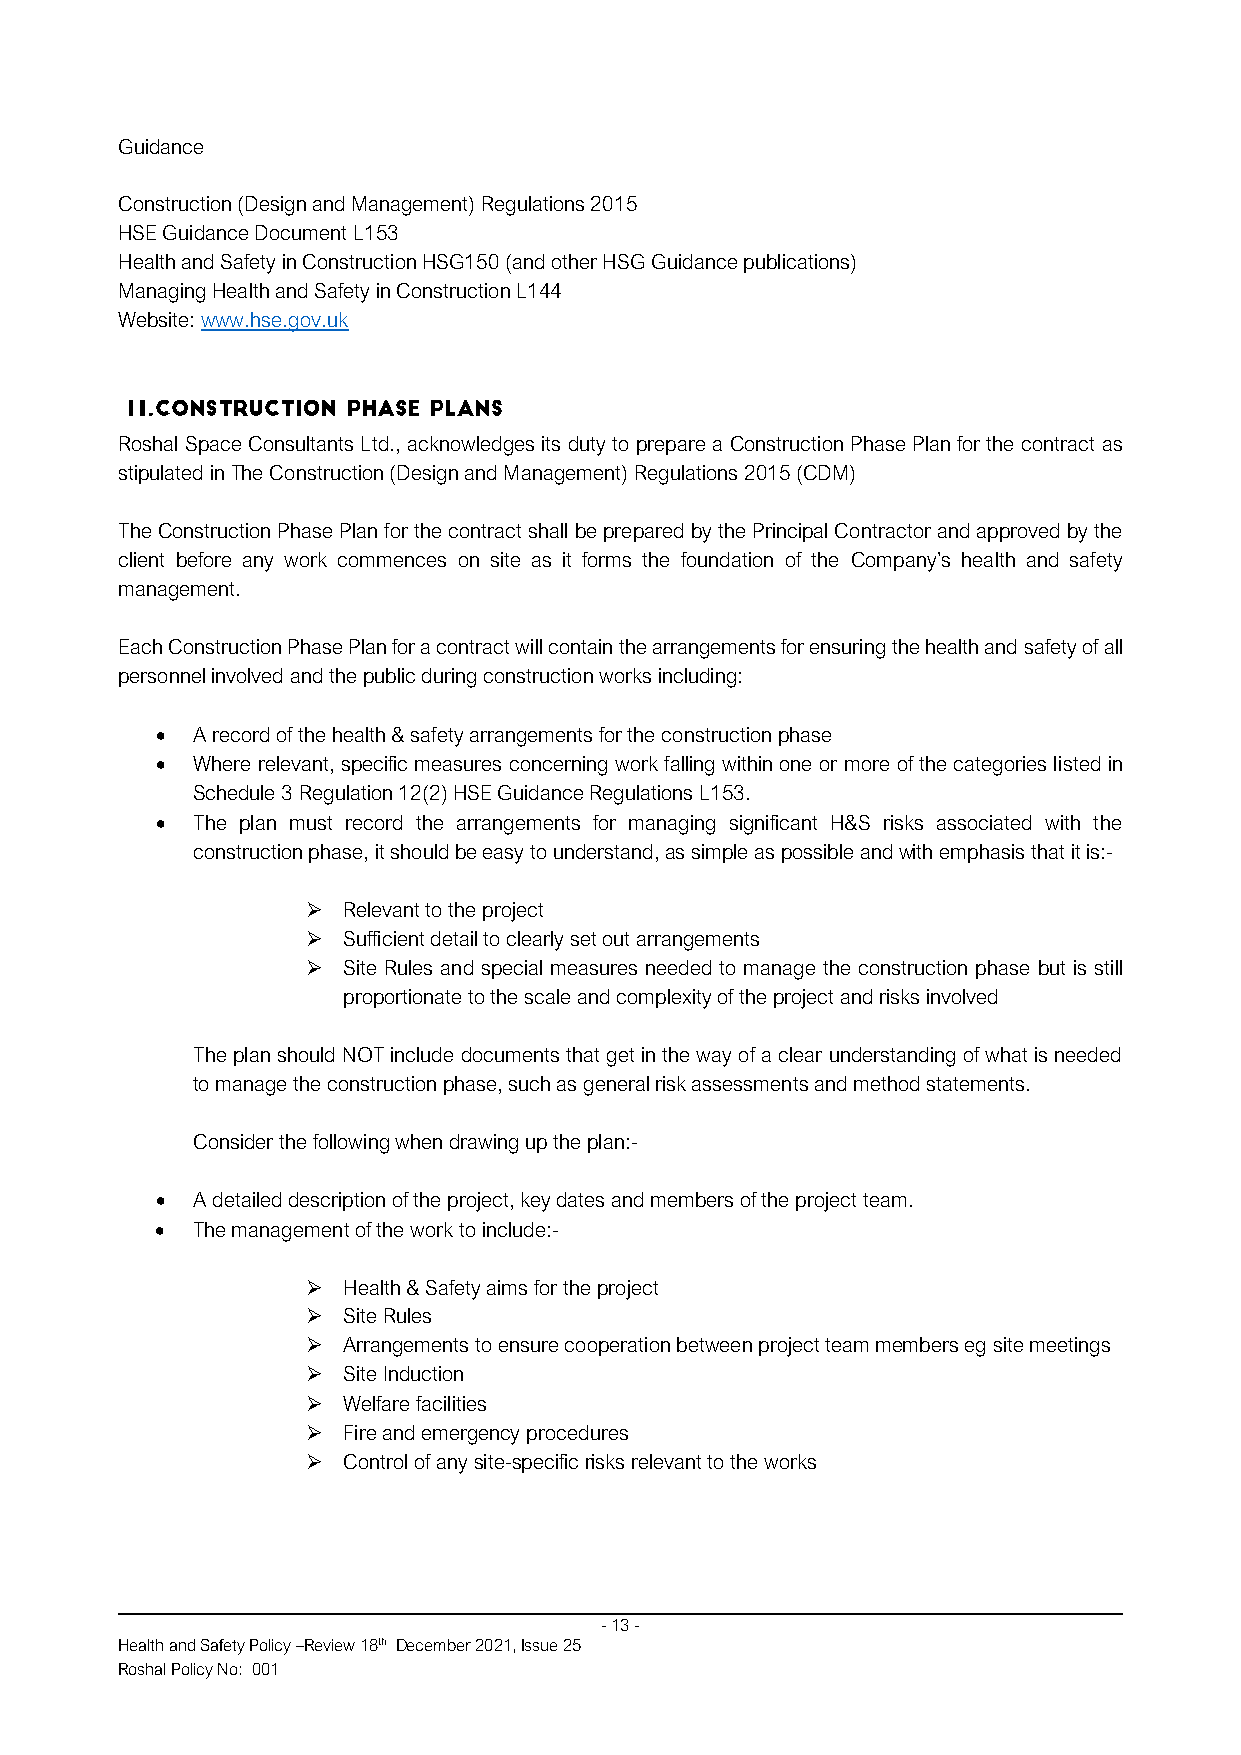
Guidance
 Construction (Design and Management) Regulations 2015
 HSE Guidance Document L153
 Health and Safety in Construction HSG150 (and other HSG Guidance publications)
 Managing Health and Safety in Construction L144
 Website: www.hse.gov.uk
 Roshal Space Consultants Ltd., acknowledges its duty to prepare a Construction Phase Plan for the contract as
 stipulated in The Construction (Design and Management) Regulations 2015 (CDM)
 The Construction Phase Plan for the contract shall be prepared by the Principal Contractor and approved by the
 client before any work commences on site as it forms the foundation of the Company’s health and safety
 management.
 Each Construction Phase Plan for a contract will contain the arrangements for ensuring the health and safety of all
 personnel involved and the public during construction works including:
 •  A record of the health & safety arrangements for the construction phase
 •  Where relevant, specific measures concerning work falling within one or more of the categories listed in
 Schedule 3 Regulation 12(2) HSE Guidance Regulations L153.
 •  The plan must record the arrangements for managing significant H&S risks associated with the
 construction phase, it should be easy to understand, as simple as possible and with emphasis that it is:-
 ➢  Relevant to the project
 ➢  Sufficient detail to clearly set out arrangements
 ➢  Site Rules and special measures needed to manage the construction phase but is still
 proportionate to the scale and complexity of the project and risks involved
 The plan should NOT include documents that get in the way of a clear understanding of what is needed
 to manage the construction phase, such as general risk assessments and method statements.
 Consider the following when drawing up the plan:-
 •  A detailed description of the project, key dates and members of the project team.
 •  The management of the work to include:-
 ➢  Health & Safety aims for the project
 ➢  Site Rules
 ➢  Arrangements to ensure cooperation between project team members eg site meetings
 ➢  Site Induction
 ➢  Welfare facilities
 ➢  Fire and emergency procedures
 ➢  Control of any site-specific risks relevant to the works
 - 13 -
 Health and Safety Policy –Review 18th December 2021, Issue 25
 Roshal Policy No: 001